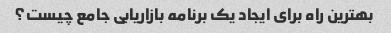
بهترین راه برای ایجاد یک برنامه بازاریابی جامع چیست؟